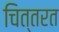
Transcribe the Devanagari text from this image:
चित्तरत